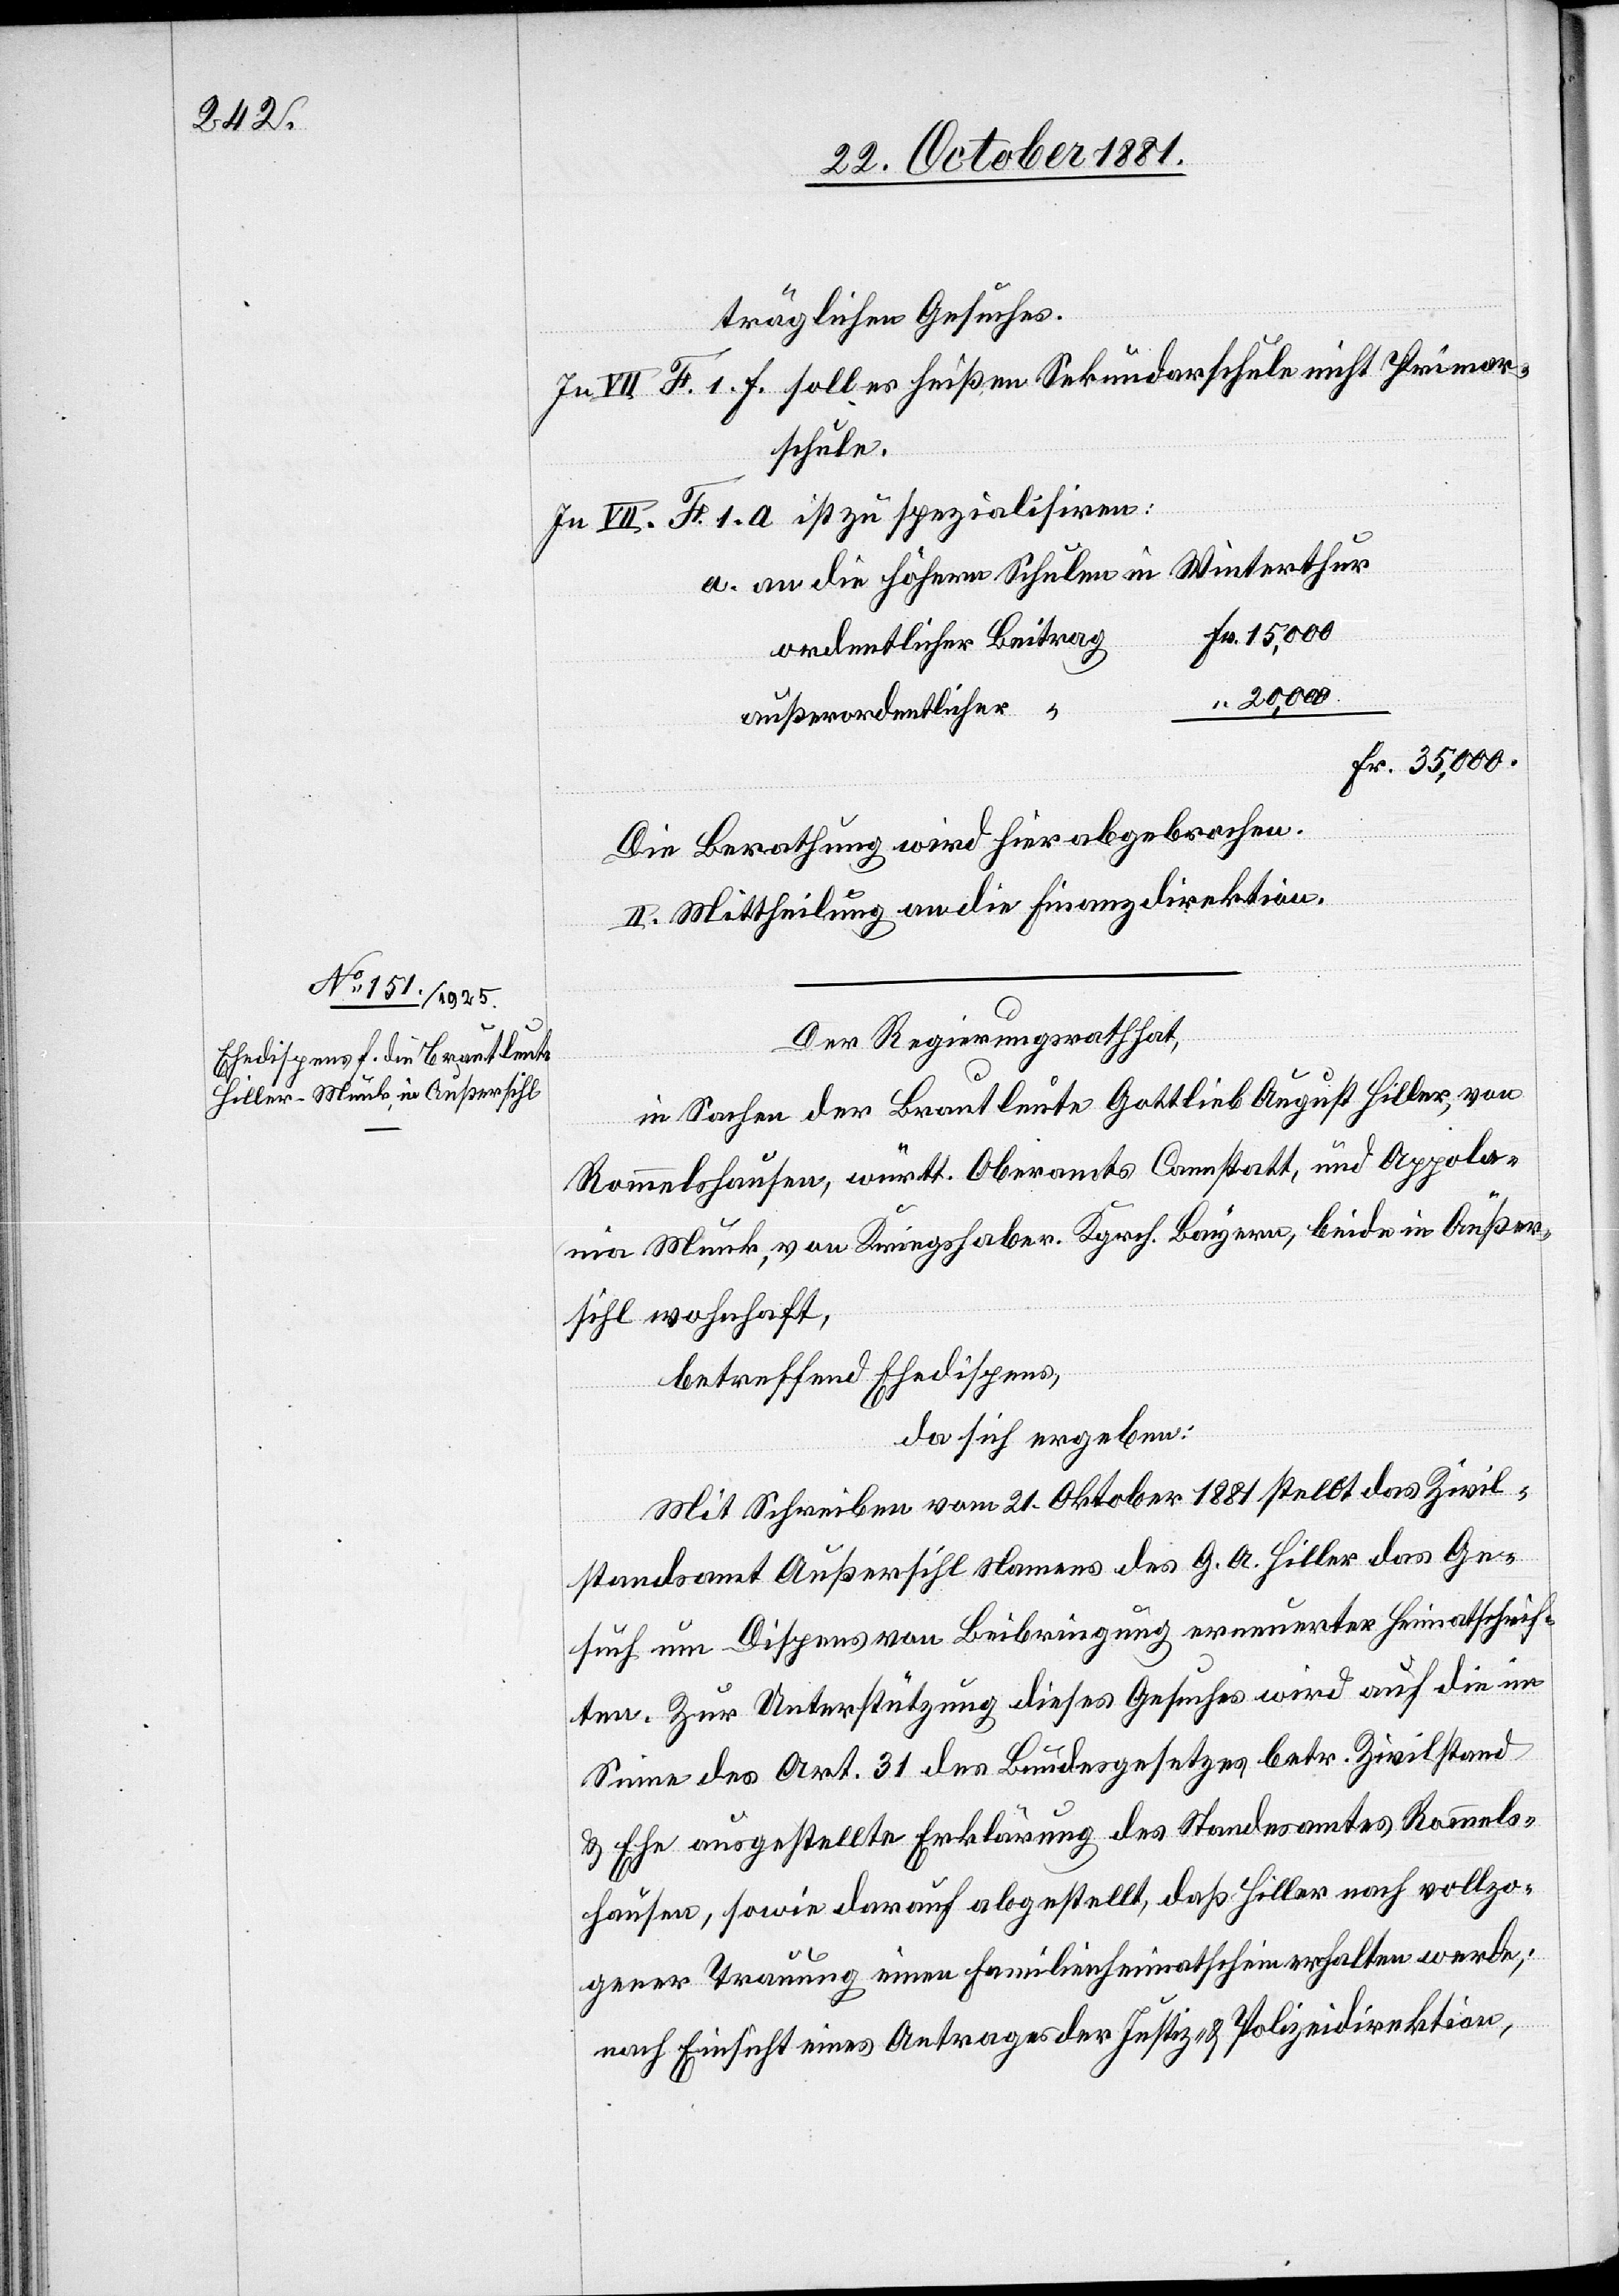
träglichen Gesuches.
In VII. F. 1. f. soll es heißen Sekundarschule nicht Primar¬
schule.
In VII. F. 1. a ist zu spezialisieren:
a. an die höhern Schulen in Winterthur
Fr. 15,000
ordentlicher Beitrag
“ 20,000
außerordentlicher “
Fr. 35,000.
Die Berathung wird hier abgebrochen.
II. Mittheilung an die Finanzdirektion.
Der Regierungsrath hat,
in Sachen der Brautleute Gottlieb August Hiller, von
Rommelshausen, württ. Oberamts Cannstatt, und Appolo¬
nia Munk, von Kriegshaber, Kgrch. Bayern, beide in Außer¬
sihl wohnhaft,
betreffend Ehedispens,
da sich ergeben:
Mit Schreiben vom 21. Oktober 1881 stellt das Zivil¬
standsamt Außersihl Namens des G. A. Hiller das Ge¬
such um Dispens von Beibringung erneuerter Heimatschrif¬
ten. Zur Unterstützung dieses Gesuches wird auf die im
Sinne des Art. 31 des Bundesgesetzes betr. Zivilstand
& Ehe ausgestellte Erklärung des Standesamtes Rommels¬
hausen, sowie darauf abgestellt, daß Hiller nach vollzo¬
gener Trauung einen Familienheimatschein erhalten werde;
nach Einsicht eines Antrages der Justiz- & Polizeidirektion,